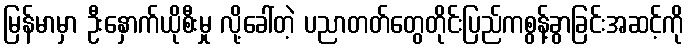
မြန်မာမှာ ဦးနှောက်ယိုစီးမှု လို့ခေါ်တဲ့ ပညာတတ်တွေတိုင်းပြည်ကစွန့်ခွာခြင်းအဆင့်ကို